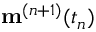
\mathbf { m } ^ { ( n + 1 ) } ( t _ { n } )